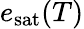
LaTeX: e_{\mathrm{sat}}(T)